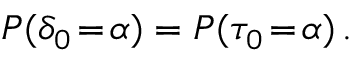
P ( \delta _ { 0 } \! = \! \alpha ) = P ( \tau _ { 0 } \! = \! \alpha ) \, .